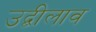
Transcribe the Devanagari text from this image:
उद्बीलाव